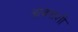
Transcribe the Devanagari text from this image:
आवपाशी